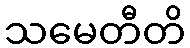
သမေတီတိ